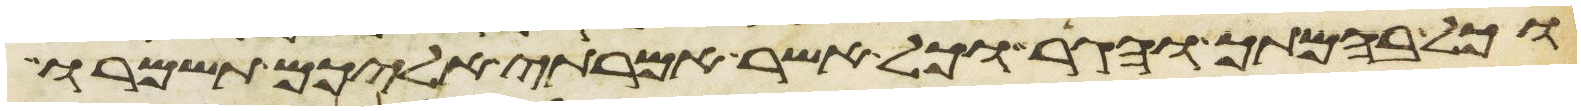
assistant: וכל בהמתך והגר וכל אשר אמרתי אליכם תשמרו